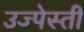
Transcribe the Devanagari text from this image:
उज्पेस्ती